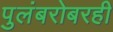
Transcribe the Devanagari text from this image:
पुलंबरोबरही